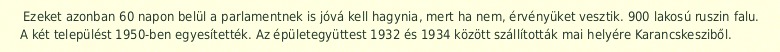
Ezeket azonban 60 napon belül a parlamentnek is jóvá kell hagynia, mert ha nem, érvényüket vesztik. 900 lakosú ruszin falu. A két települést 1950-ben egyesítették. Az épületegyüttest 1932 és 1934 között szállították mai helyére Karancskesziből.